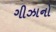
ગીઝાનો